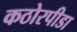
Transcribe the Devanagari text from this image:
कठोरपीडा